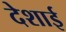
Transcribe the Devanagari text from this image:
देशाई